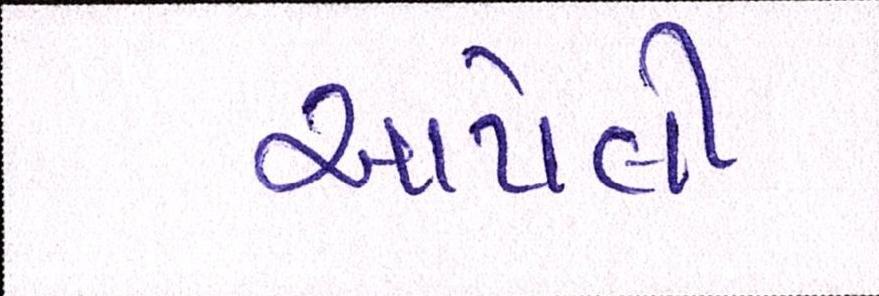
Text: આપેલી